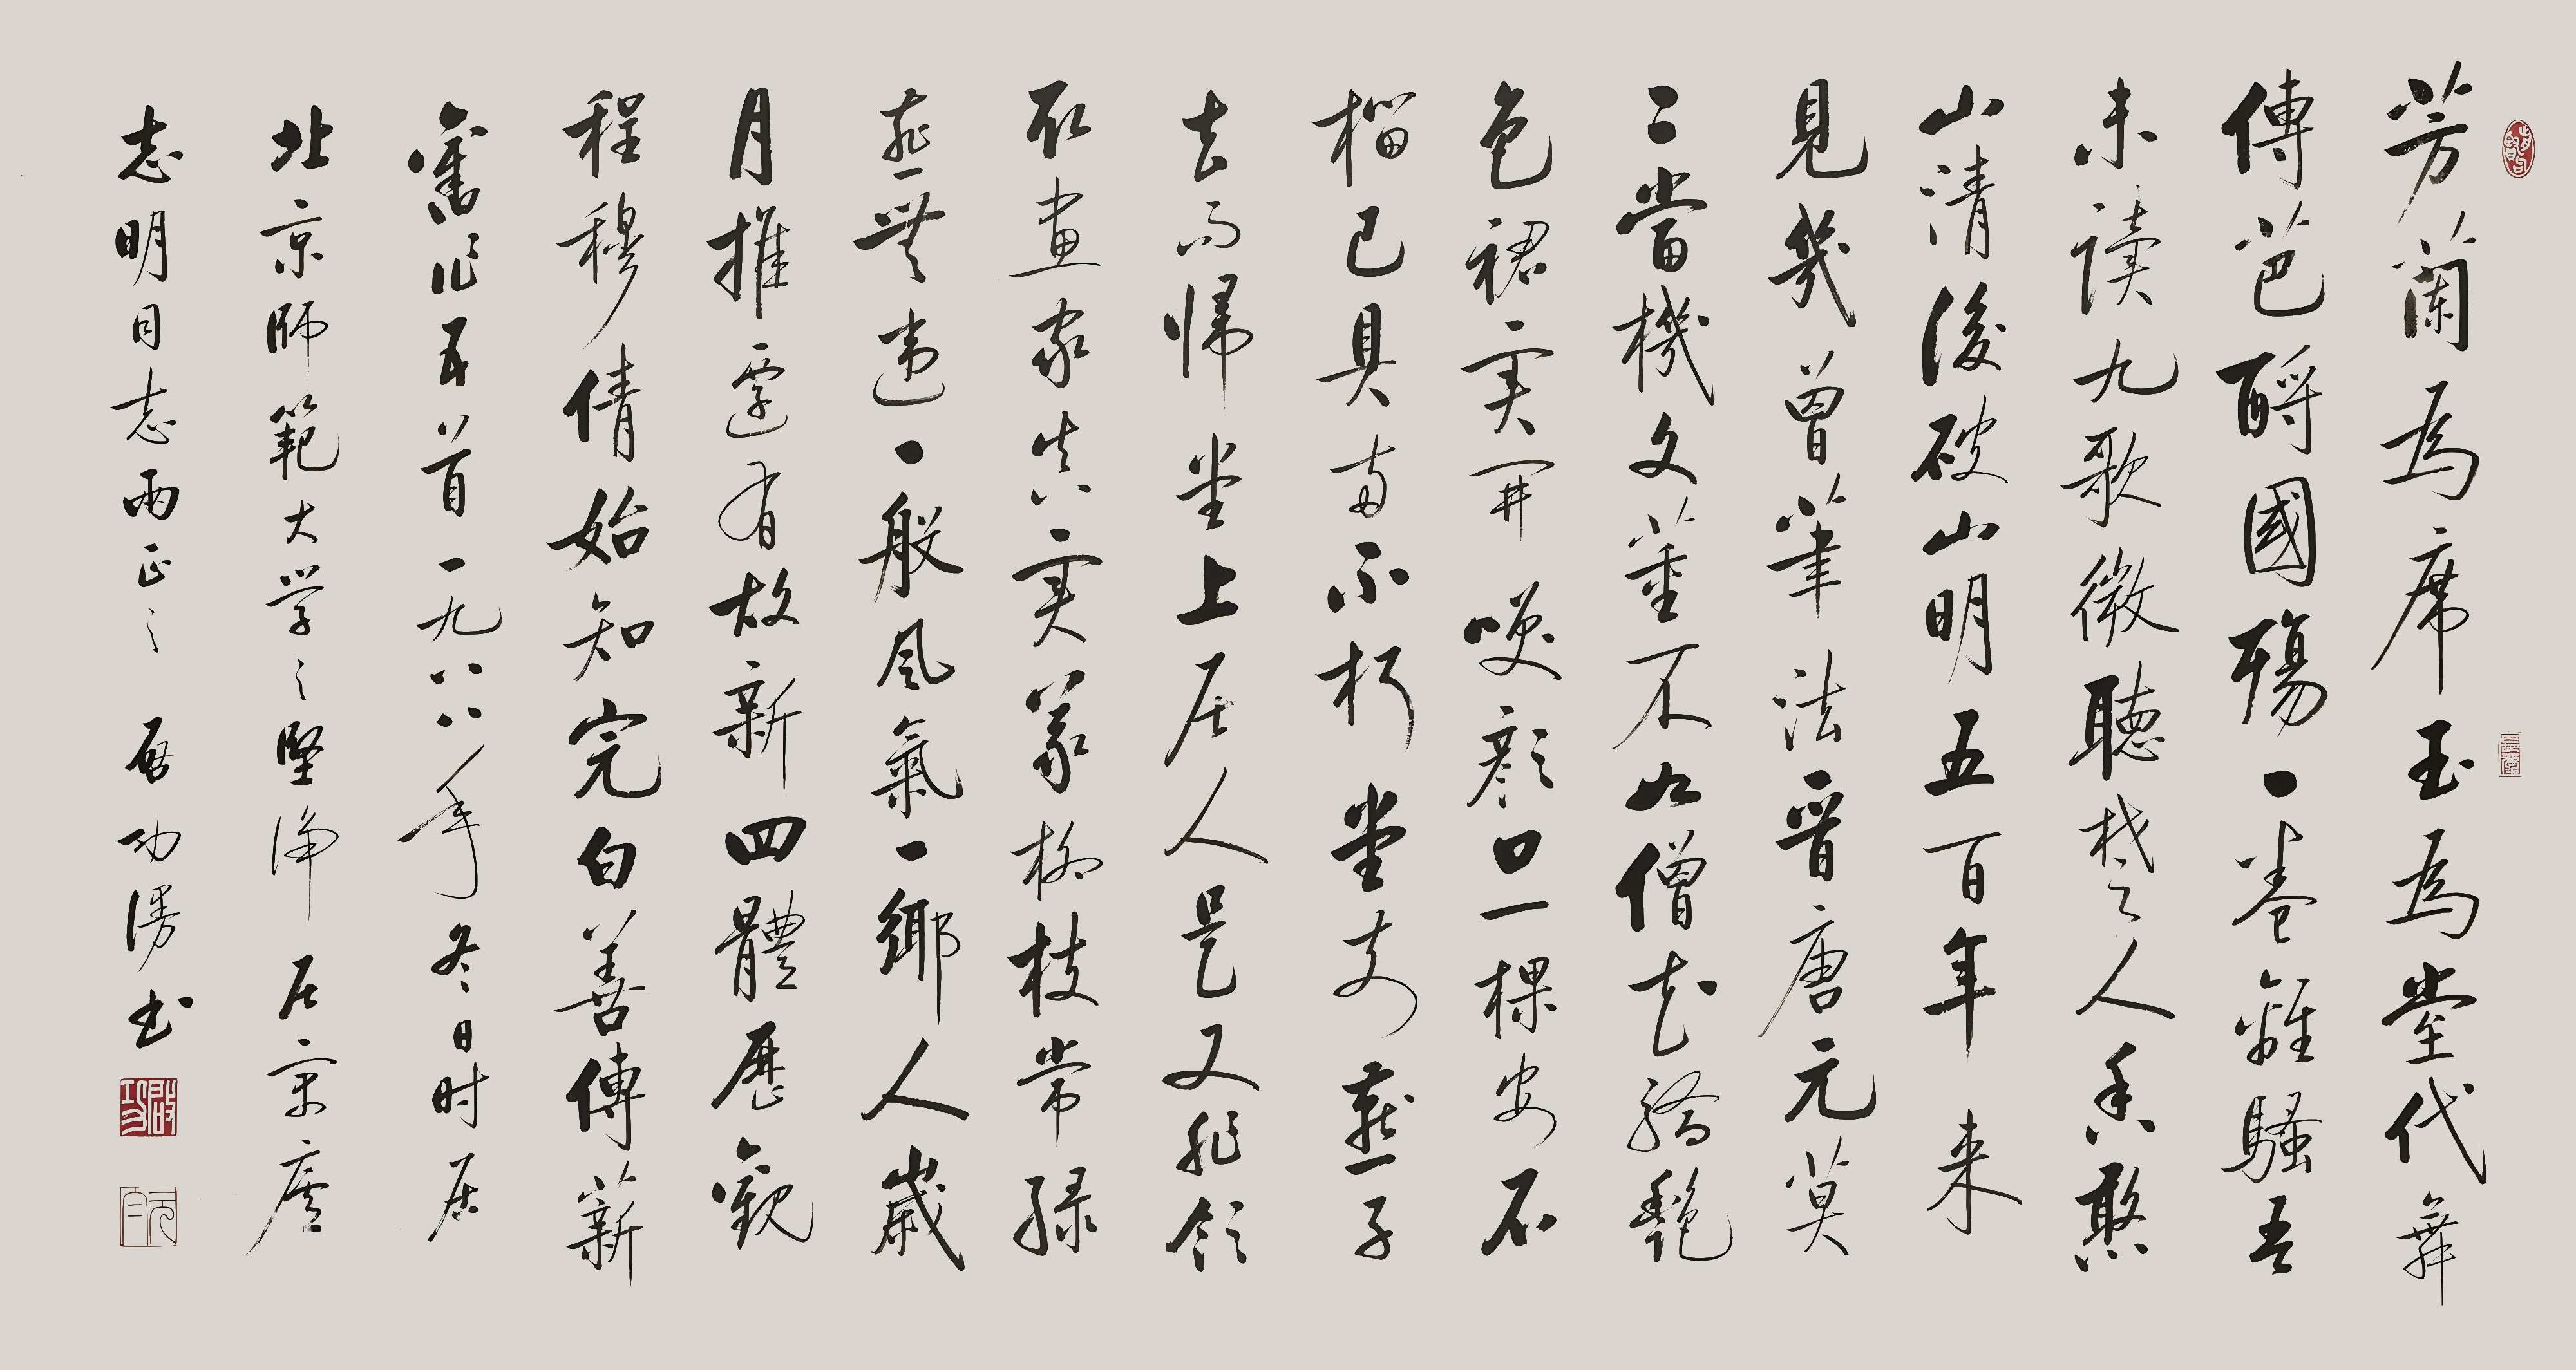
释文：芳兰为席玉为堂，代舞传芭酹国殇。一卷离骚吾未读，九歌微听楚人香。憨山清后破山明，五百年来见几曾。笔法晋唐元莫二，当机文董不如僧。花娇艳色裙，实开笑颜口。一棵安石榴，已具两不朽。堂前燕子去而归，堂上居人是又非。领取画家真实义，柳枝常绿燕无违。一般风气一乡人，岁月推迁有故新。四体历观程穆倩，始知完白善传薪。旧作五首，一九八八年冬日，时居北京师范大学之坚净居京卢。志明同志两正之，启功漫书。